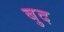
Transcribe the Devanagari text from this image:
बुद